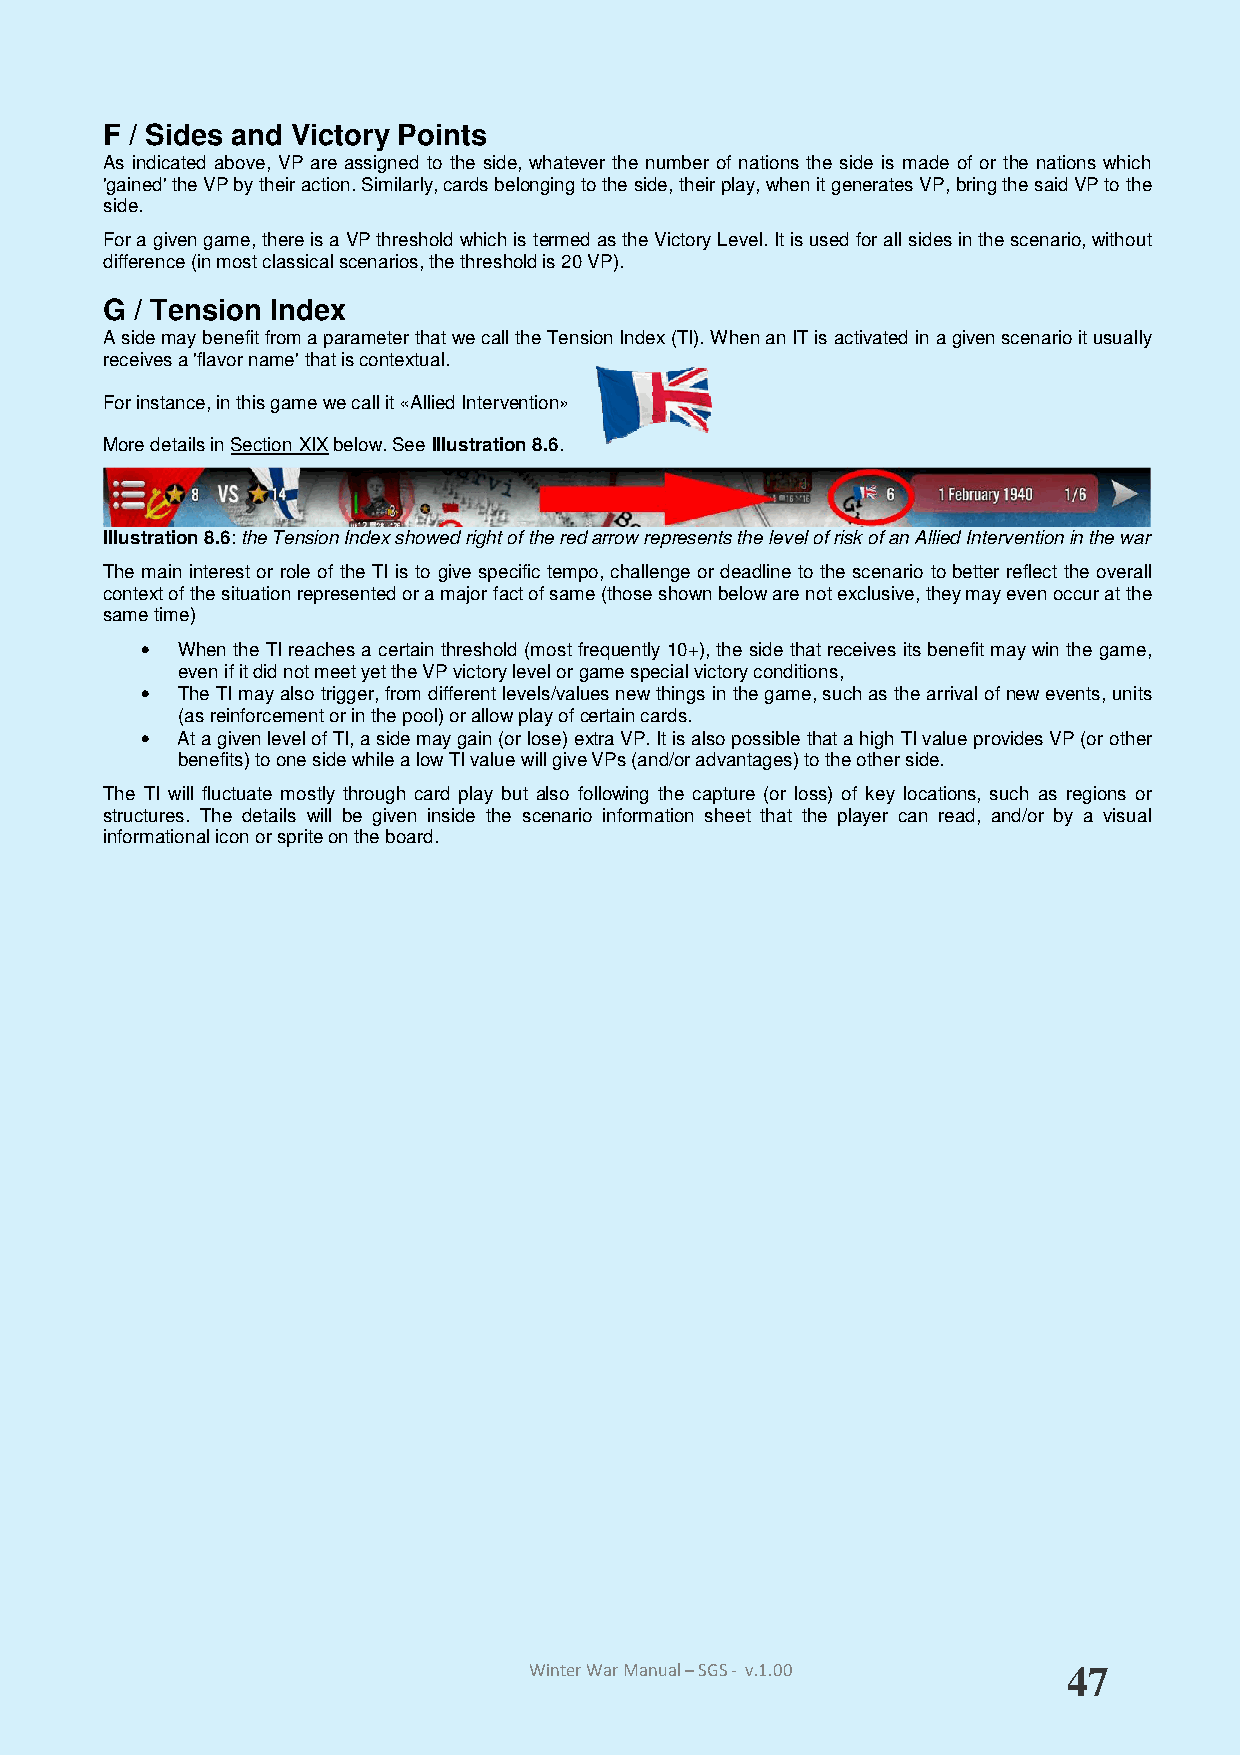
F / Sides and Victory Points
 As indicated above, VP are assigned to the side, whatever the number of nations the side is made of or the nations which
 'gained' the VP by their action. Similarly, cards belonging to the side, their play, when it generates VP, bring the said VP to the
 side.
 For a given game, there is a VP threshold which is termed as the Victory Level. It is used for all sides in the scenario, without
 difference (in most classical scenarios, the threshold is 20 VP).
 G / Tension Index
 A side may benefit from a parameter that we call the Tension Index (TI). When an IT is activated in a given scenario it usually
 receives a 'flavor name' that is contextual.
 For instance, in this game we call it «Allied Intervention»
 More details in Section XIX below. See Illustration 8.6.
 Illustration 8.6: the Tension Index showed right of the red arrow represents the level of risk of an Allied Intervention in the war
 The main interest or role of the TI is to give specific tempo, challenge or deadline to the scenario to better reflect the overall
 context of the situation represented or a major fact of same (those shown below are not exclusive, they may even occur at the
 same time)
 •  When the TI reaches a certain threshold (most frequently 10+), the side that receives its benefit may win the game,
 even if it did not meet yet the VP victory level or game special victory conditions,
 •  The TI may also trigger, from different levels/values new things in the game, such as the arrival of new events, units
 (as reinforcement or in the pool) or allow play of certain cards.
 •  At a given level of TI, a side may gain (or lose) extra VP. It is also possible that a high TI value provides VP (or other
 benefits) to one side while a low TI value will give VPs (and/or advantages) to the other side.
 The TI will fluctuate mostly through card play but also following the capture (or loss) of key locations, such as regions or
 structures. The details will be given inside the scenario information sheet that the player can read, and/or by a visual
 informational icon or sprite on the board.
 Winter War Manual – SGS - v.1.00    47